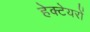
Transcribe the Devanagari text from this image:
हेक्टेयरों